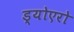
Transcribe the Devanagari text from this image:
ड्योएरो